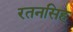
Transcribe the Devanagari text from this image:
रतनसिह